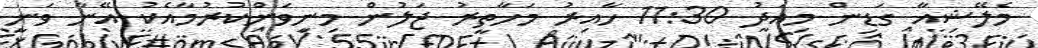
މެލޭޝިއާ ގަޑިން މިއަދު 11:30 ހާއިރު މަހާތީރު ޖަލުން މިނިވަންކުރުމާއެކު އޭނާ ވަނީ